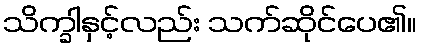
သိက္ခါနှင့်လည်း သက်ဆိုင်ပေ၏။